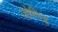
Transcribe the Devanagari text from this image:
जोगिन्द्र